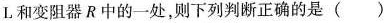
L和变阻器R中的一处，则下列判断正确的是（）